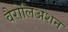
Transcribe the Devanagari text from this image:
वैरोलिअशन